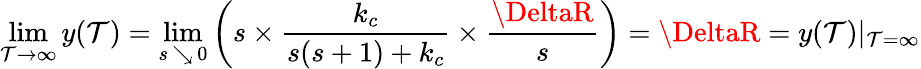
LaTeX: \operatorname*{lim}_{\mathcal{T}\to\infty}y(\mathcal{T})=\operatorname*{lim}_{s\, \searrow\, 0}\left(s\times{\frac{{k_{c}}}{{s(s+1)+k_{c}}}}\times{\frac{{\DeltaR}}{{s}}}\right)=\DeltaR=y(\mathcal{T})|_{\mathcal{T}=\infty}